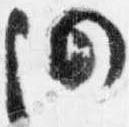
仍